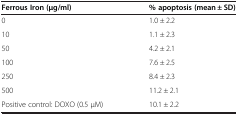
| Ferrous Iron (μg/ml) | % apoptosis (mean ± SD) |
 | --- | --- |
 | 0 | 1.0 ± 2.2 |
 | 10 | 1.1 ± 2.3 |
 | 50 | 4.2 ± 2.1 |
 | 100 | 7.6 ± 2.5 |
 | 250 | 8.4 ± 2.3 |
 | 500 | 11.2 ± 2.1 |
 | Positive control: DOXO (0.5 μM) | 10.1 ± 2.2 |